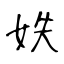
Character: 妷